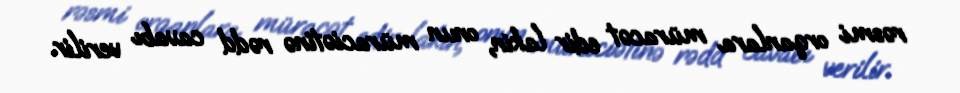
rəsmi orqanlara müracət edir lakin, onun müraciətinə rədd cavabı verilir.